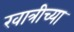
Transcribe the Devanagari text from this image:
खात्रीच्या